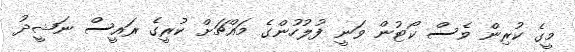
މީގެ ކުރިން ވެސް ކޯޓުން ވަނީ ފުލުހުންގެ މައްޗަށް ކުރީގެ ރައީސް ނަޝީދު